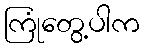
ကြုံတွေ့ပါက